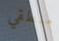
منطقي